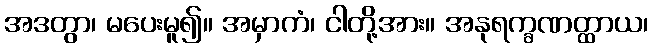
အဒတွာ၊ မပေးမူ၍။ အမှာကံ၊ ငါတို့အား။ အနုရက္ခဏတ္ထာယ၊